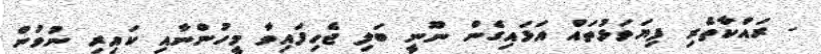
- ރައްކާތެރި ފިޔަވަޅުތައް އަޅައިގެން ނޫނީ ބަލި ޖެހިފައިވާ މީހުންނާއި ކައިރި ނުވުން